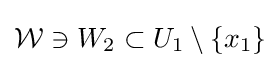
{\mathcal {W}}\ni W_{2}\subset U_{1}\setminus \{x_{1}\}